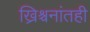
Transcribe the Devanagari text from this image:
ख्रिश्चनांतही